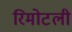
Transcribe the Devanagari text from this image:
रिमोटली